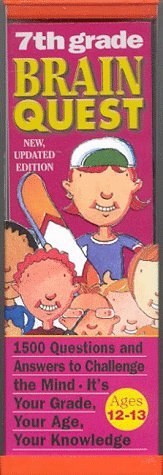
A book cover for Brain Quest Grade 7; Chris Welles Feder; Teen & Young Adult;